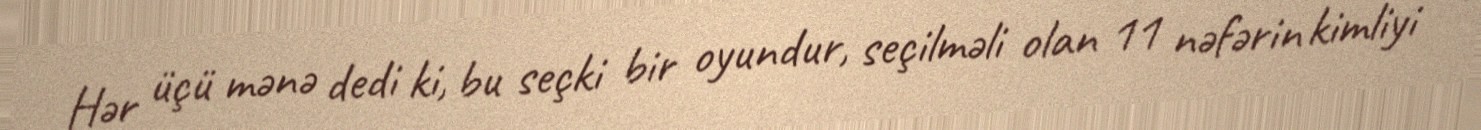
Hər üçü mənə dedi ki, bu seçki bir oyundur, seçilməli olan 11 nəfərin kimliyi